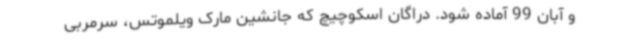
و آبان 99 آماده شود. دراگان اسکوچیچ که جانشین مارک ویلموتس، سرمربی